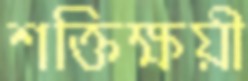
শক্তিক্ষয়ী